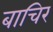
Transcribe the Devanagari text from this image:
बाचिर